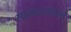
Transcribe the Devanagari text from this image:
सालारजंगने